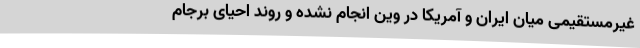
غیرمستقیمی میان ایران و آمریکا در وین انجام نشده و روند احیای برجام